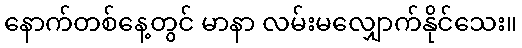
နောက်တစ်နေ့တွင် မာနာ လမ်းမလျှောက်နိုင်သေး။